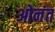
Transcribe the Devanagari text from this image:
ओनंत